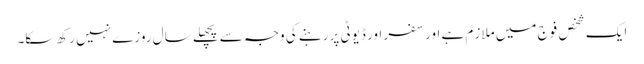
ایک شخص فوج میں ملاز م ہے اور سفر اور ڈیوٹی پر رہنے کی وجہ سے پچھلے سال روزے نہیں رکھ سکا۔